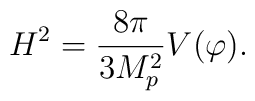
H^{2}=\frac{8 \pi}{3 M_{p}^{2}} V(\varphi).